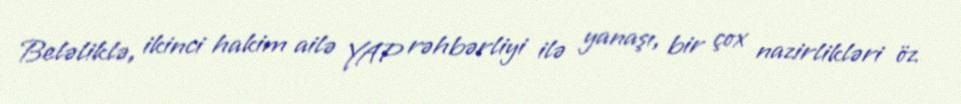
Beləliklə, ikinci hakim ailə YAP rəhbərliyi ilə yanaşı, bir çox nazirlikləri öz